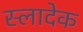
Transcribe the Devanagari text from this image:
स्लादेक